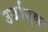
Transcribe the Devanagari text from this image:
उर्जायुक्त